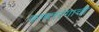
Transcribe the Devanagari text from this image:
कणतरंगाची